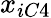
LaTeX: x_{iC4}